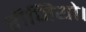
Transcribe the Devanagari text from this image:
रीजियो।